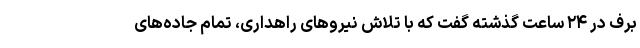
برف در ۲۴ ساعت گذشته گفت که با تلاش نیروهای راهداری، تمام جاده‌های